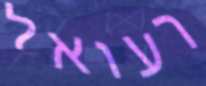
רעואל